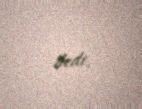
dedi.